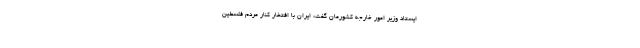
ایستاد وزیر امور خارجه کشورمان گفت: ایران با افتخار کنار مردم فلسطین